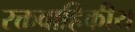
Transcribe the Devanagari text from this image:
रक्तवाहिकीय